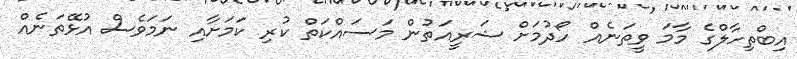
އިބްތިހާލްގެ މާމަ ވީތަނެއް ހޯދުމަށް ޝަރީއަތުން މަސައްކަތް ކުރި ކަމަށާއި ނަމަވެސް އުޅޭތަނެއް